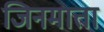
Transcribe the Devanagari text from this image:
जिनमाता